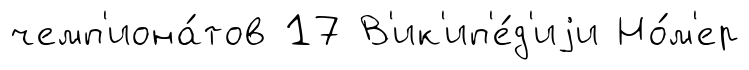
чемп'иона́тов 17 В'ик'ип'е́д'иjи Но́м'ер